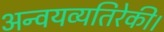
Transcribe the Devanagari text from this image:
अन्वयव्यतिरेकी।